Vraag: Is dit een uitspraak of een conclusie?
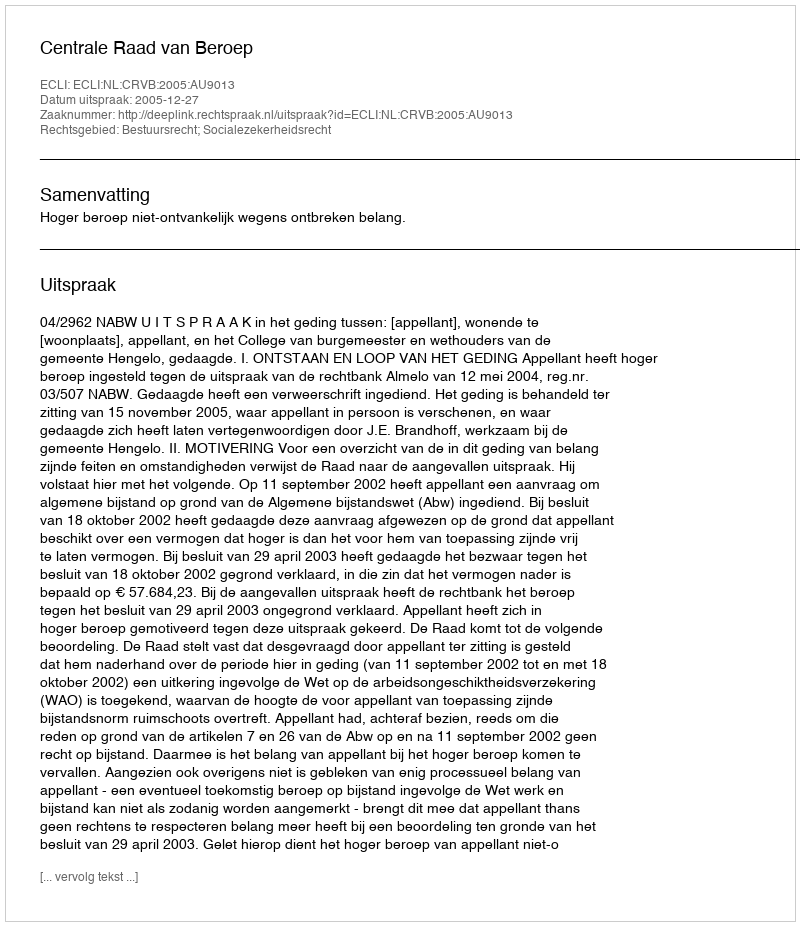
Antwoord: Uitspraak